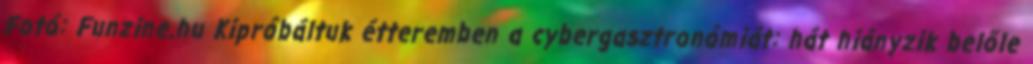
Fotó: Funzine.hu Kipróbáltuk étteremben a cybergasztronómiát: hát hiányzik belőle